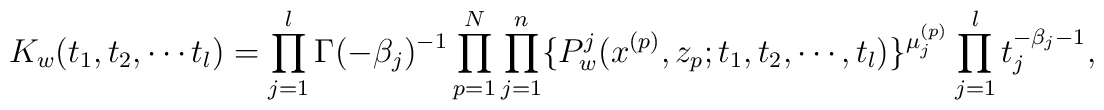
K_{w}(t_{1},t_{2},\cdots t_{l})=\prod_{j=1}^{l}\Gamma(-\beta_{j})^{-1}   \prod_{p=1}^{N}\prod_{j=1}^{n}\{P_{w}^{j}(x^{(p)},z_{p};t_{1},t_{2},\cdots,t_{l})\}^{\mu^{(p)}_{j}}   \prod_{j=1}^{l}t_{j}^{-\beta_{j}-1},